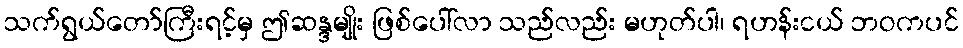
သက်ရွယ်တော်ကြီးရင့်မှ ဤဆန္ဒမျိုး ဖြစ်ပေါ်လာ သည်လည်း မဟုတ်ပါ၊ ရဟန်းငယ် ဘဝကပင်